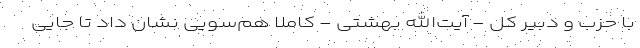
با حزب و دبیر کل - آیت‌الله بهشتی - کاملا هم‌سویی نشان داد تا جایی